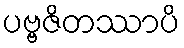
ပဗ္ဗဇိတဿာပိ